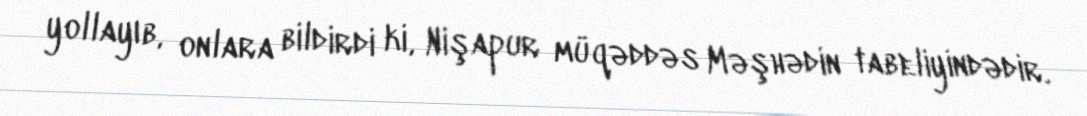
yollayıb, onlara bildirdi ki, Nişapur müqəddəs Məşhədin tabeliyindədir.